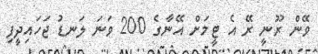
ވޭން ރޫނީ ރޭ އެ ޓީމަށް އޭނާގެ 200 ވަނަ ލަނޑު ޖަހައިދީފި